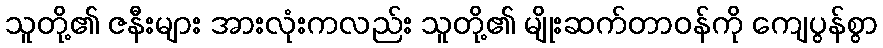
သူတို့၏ ဇနီးများ အားလုံးကလည်း သူတို့၏ မျိုးဆက်တာဝန်ကို ကျေပွန်စွာ